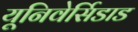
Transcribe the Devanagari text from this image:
यूनिवेर्सिडाड